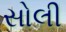
સોલી